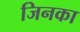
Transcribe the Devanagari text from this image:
जिनका